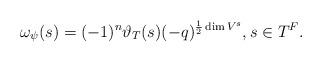
LaTeX: \begin{align*}\omega_\psi(s) = (-1)^n \vartheta_T(s) (-q)^{\frac{1}{2}\dim V^s} ,s\in T^F.\end{align*}